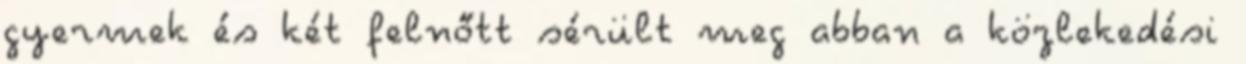
gyermek és két felnőtt sérült meg abban a közlekedési